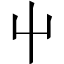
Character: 屮